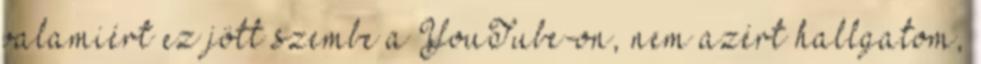
valamiért ez jött szembe a YouTube-on, nem azért hallgatom,